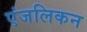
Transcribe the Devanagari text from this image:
एंजलिकन